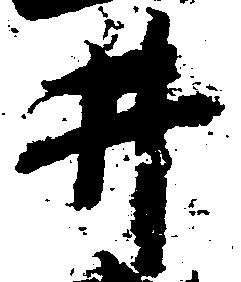
井